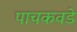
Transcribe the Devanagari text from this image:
पाचकवडे